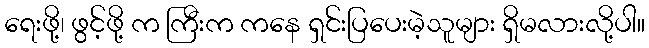
ရေးဖို့၊ ဖွင့်ဖို့ က ကြီးက ကနေ ရှင်းပြပေးမဲ့သူများ ရှိမလားလို့ပါ။